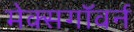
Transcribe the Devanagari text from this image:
मेक्सगॉवर्न